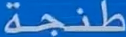
طنجة